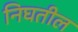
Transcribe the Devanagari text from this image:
निघतील